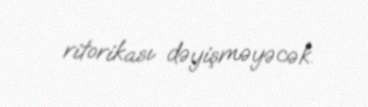
ritorikası dəyişməyəcək.